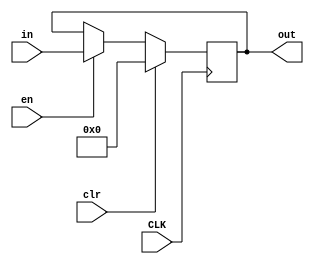
module base_state_register(
    input CLK,
    input clr,
    input en,
    input [7:0] in,
    output [7:0] out
    );
    
    parameter B = 8'b00000000;
    
    reg [7:0] out;
    
    always @ (posedge CLK) begin
        if (clr) begin
            out <= B;
        end
        else if (en) begin
            out <= in;
        end
        else begin
            out <= out;
        end
    end
    
endmodule